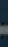
-